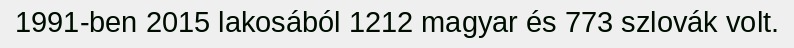
1991-ben 2015 lakosából 1212 magyar és 773 szlovák volt.